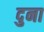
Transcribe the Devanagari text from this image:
दुना